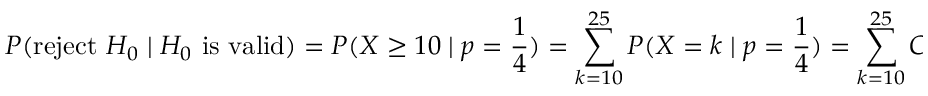
P ( { \mathrm { r e j e c t ~ } } H _ { 0 } \mid H _ { 0 } { \mathrm { ~ i s ~ v a l i d } } ) = P ( X \geq 1 0 \mid p = { \frac { 1 } { 4 } } ) = \sum _ { k = 1 0 } ^ { 2 5 } P ( X = k \mid p = { \frac { 1 } { 4 } } ) = \sum _ { k = 1 0 } ^ { 2 5 } C ( 2 5 , k ) ( 1 - { \frac { 1 } { 4 } } ) ^ { ( 2 5 - k ) } ( { \frac { 1 } { 4 } } ) ^ { k } \approx 0 { . } 0 7 1 3 ,